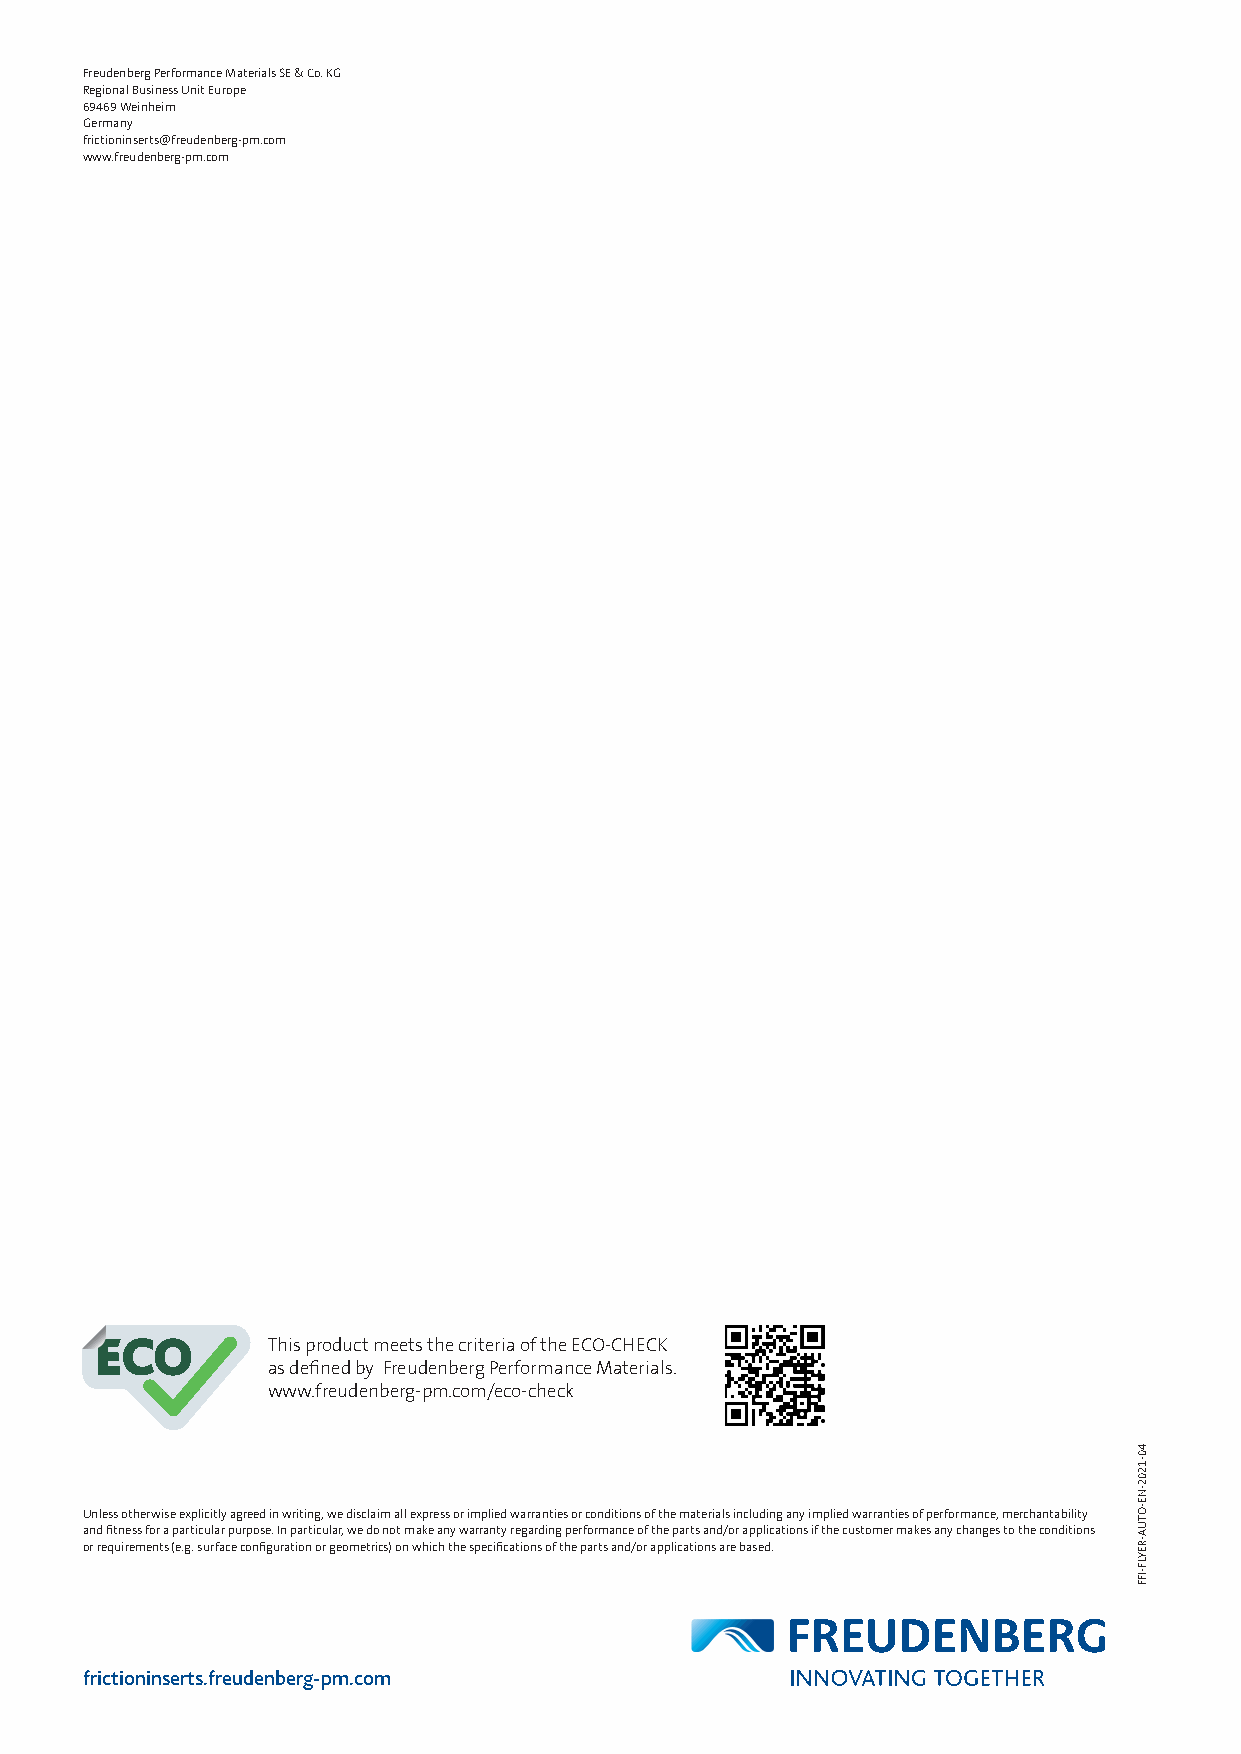
Freudenberg Performance Materials SE & Co. KG
 Regional Business Unit Europe
 69469 Weinheim
 Germany
 frictioninserts@freudenberg-pm.com
 www.freudenberg-pm.com
 This product meets the criteria of the ECO-CHECK
 as defined by Freudenberg Performance Materials.
 www.freudenberg-pm.com/eco-check
 Unless otherwise explicitly agreed in writing, we disclaim all express or implied warranties or conditions of the materials including any implied warranties of performance, merchantability
 and fitness for a particular purpose. In particular, we do not make any warranty regarding performance of the parts and/or applications if the customer makes any changes to the conditions
 or requirements (e.g. surface configuration or geometrics) on which the specifications of the parts and/or applications are based.
 frictioninserts.freudenberg-pm.com
 40-1202-NE-OTUA-REYLF-IFF